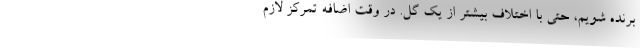
برنده شویم، حتی با اختلاف بیشتر از یک گل. در وقت اضافه تمرکز لازم